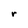
Character: r